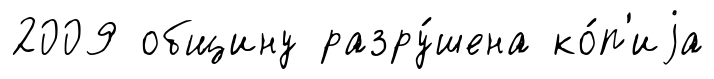
2009 общину разру́шена ко́п'иjа